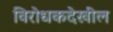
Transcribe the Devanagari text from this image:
विरोधकदेखील